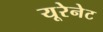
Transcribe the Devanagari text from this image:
यूरेनेट